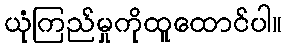
ယုံကြည်မှုကိုထူထောင်ပါ။